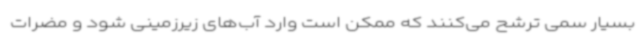
بسیار سمی ترشح می‌کنند که ممکن است وارد آب‌های زیرزمینی شود و مضرات